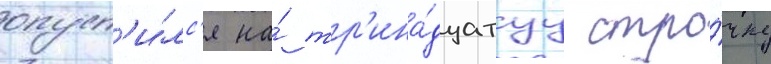
опуст'и́лс'я на́ тр'ина́дцатуу стро́чку